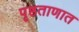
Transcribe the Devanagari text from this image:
पृष्ठताणात